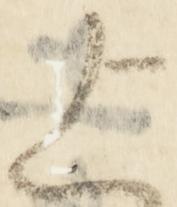
上